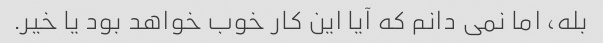
بله، اما نمی دانم که آیا این کار خوب خواهد بود یا خیر.